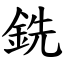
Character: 銑